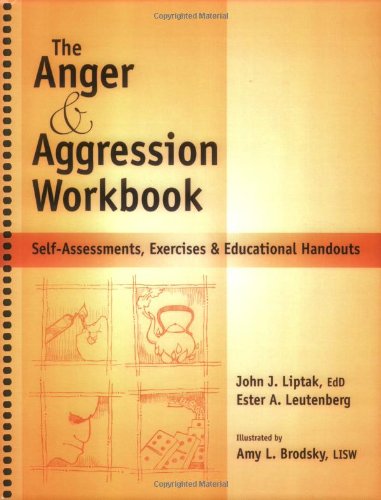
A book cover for The Anger & Aggression Workbook - Reproducible Self-Assessments, Exercises & Educational Handouts; John J Liptak; Self-Help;